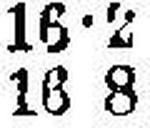
16 8